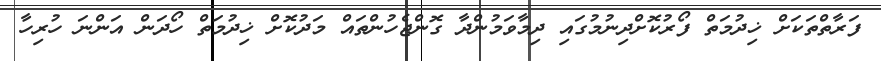
ފަރާތްތަކަށް ޚިދުމަތް ފޯރުކޮށްދިނުމުގައި ދިމާވަމުންދާ ގޮންޖެހުންތައް މަދުކޮށް ޚިދުމަތް ހޯދަން އަންނަ ހުރިހާ